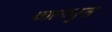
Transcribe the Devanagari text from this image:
काल्क्युल